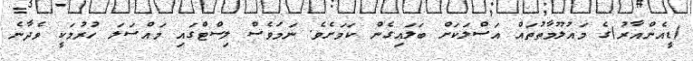
(ޑީއެންއާރު)ގެ މައުލޫމާތުތައް އަސްލަކަށް ބަލައިގެން ކަމަށެވެ. ނަމަވެސް ލިސްޓްގައި މައްސަލަ ހުރުމަކީ ވެދާނެ